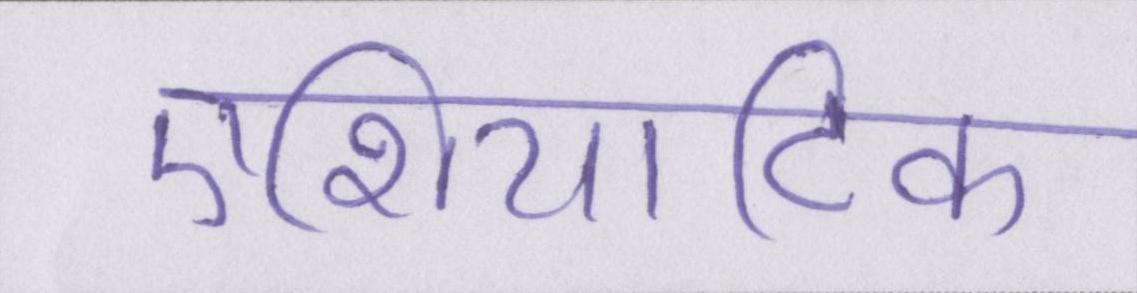
एशियाटिक